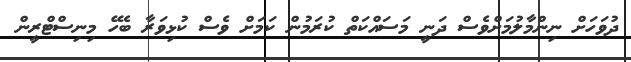
ދުވަހަށް ނިންމާލުމަށްވެސް ދަނީ މަސައްކަތް ކުރަމުން ކަމަށް ވެސް ކުޅިވަރާ ބެހޭ މިނިސްޓްރީން